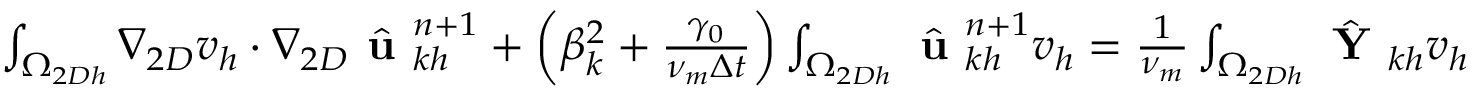
\begin{array} { r l } { \small } & { { } \int _ { \Omega _ { 2 D h } } \nabla _ { 2 D } v _ { h } \cdot \nabla _ { 2 D } \hat { \textbf { u } } _ { k h } ^ { n + 1 } + \left( \beta _ { k } ^ { 2 } + \frac { \gamma _ { 0 } } { \nu _ { m } \Delta t } \right) \int _ { \Omega _ { 2 D h } } \hat { \textbf { u } } _ { k h } ^ { n + 1 } v _ { h } = \frac { 1 } { \nu _ { m } } \int _ { \Omega _ { 2 D h } } \hat { \textbf { Y } } _ { k h } v _ { h } } \end{array}